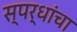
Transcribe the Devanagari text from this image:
स्पर्धांंचा